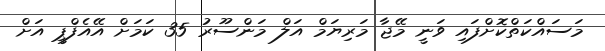
މަސައްކަތްކޮށްފައި ވަނީ މޭޖާ މަރިޔަމް އަލް މަންސޫރު 35 ކަމަށް އޭއެފްޕީ އަށް